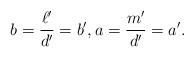
LaTeX: \begin{align*}b=\frac{\ell'}{d'}=b',a=\frac{m'}{d'}=a'.\end{align*}